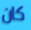
كان